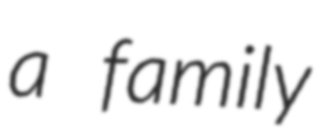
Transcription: a family